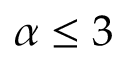
\alpha \le 3